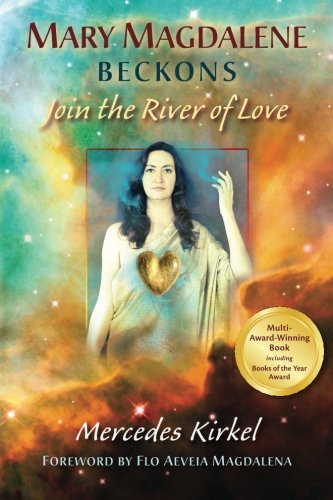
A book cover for Mary Magdalene Beckons: Join the River of Love (The Magdalene Teachings); Mercedes Kirkel; Self-Help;